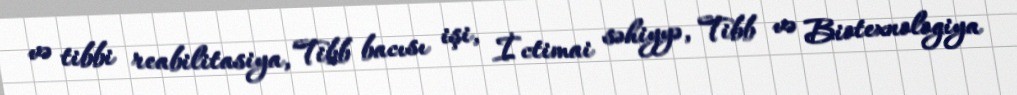
və tibbi reabilitasiya, Tibb bacısı işi, İctimai səhiyyə, Tibb və Biotexnologiya